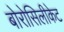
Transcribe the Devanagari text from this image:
बोरोसिलीकेट